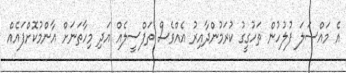
އެ މައްސަލަ ފުލުހުން ތަހުގީގު ކުރަމުންދާއިރު އެއްވެސް ތަފްސީލެއް އަދި މިހާތަނަށް އާންމުކޮށްފައެއް